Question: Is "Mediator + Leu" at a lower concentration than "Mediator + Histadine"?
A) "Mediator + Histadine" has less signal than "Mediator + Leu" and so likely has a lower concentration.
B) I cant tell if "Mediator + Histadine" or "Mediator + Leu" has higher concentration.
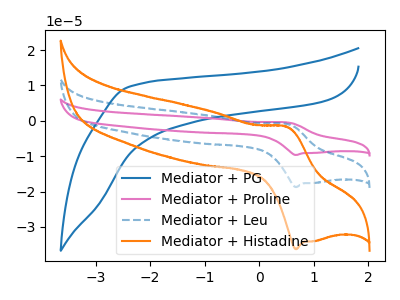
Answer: <think>The blue curve "Mediator + PG" has no peaks. The pink curve "Mediator + Proline" has an anodic peak at (0.50V, -1.70uA) and a cathodic peak at (0.70V, -37.45uA). The blue dashed curve "Mediator + Leu" has an anodic peak at (0.50V, -0.85uA) and a cathodic peak at (0.70V, -18.75uA). The orange curve "Mediator + Histadine" has an anodic peak at (0.50V, -1.65uA) and a cathodic peak at (0.70V, -36.25uA).
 All the peaks in "Mediator + Histadine" have a peak in "Mediator + Leu" at the same potential.</think>
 <answer>B) I cant tell if "Mediator + Histadine" or "Mediator + Leu" has higher concentration.</answer>
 <eval>B</eval>